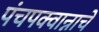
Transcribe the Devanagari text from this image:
पंचपक्वान्नाचे